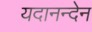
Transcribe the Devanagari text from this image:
यदानन्देन